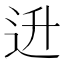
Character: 𬨠